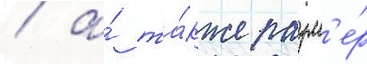
/ а́ та́кже разм'е́р